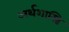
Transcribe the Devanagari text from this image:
अर्थशास्त्रि